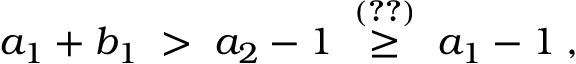
a _ { 1 } + b _ { 1 } \; > \; a _ { 2 } - 1 \; \stackrel { ( \ref { e q : D b m } ) } { \geq } \; a _ { 1 } - 1 \; ,